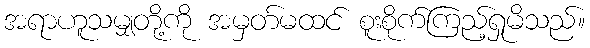
အရာဟူသမျှတို့ကို အမှတ်မထင် စူးစိုက်ကြည့်ရှုမိသည်။